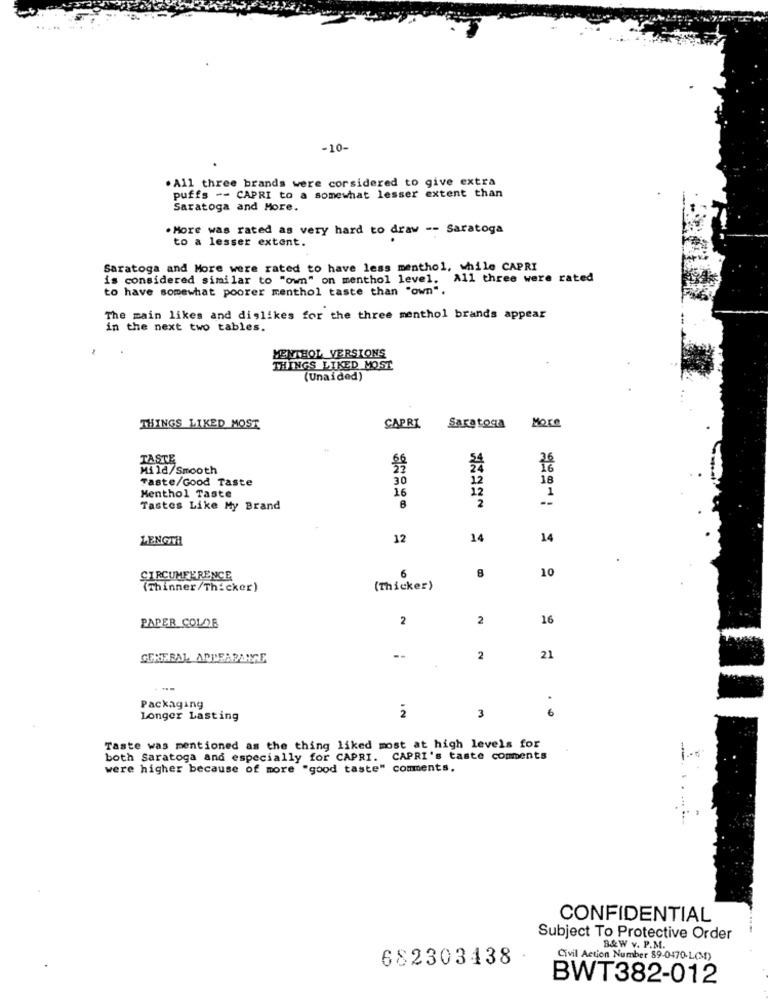
-10-
. All three brands were corsidered to give extra
puffs -- CAPRI to a somewhat lesser extent than
Saratoga and More.
. More was rated as very hard to draw -- Saratoga
to a lesser extent.
Saratoga and More were rated to have less menthol, while CAPRI
is considered similar to "own" on menthol level. All three were rated
to have somewhat poorer menthol taste than "own".
The main likes and dislikes for the three menthol brands appear
in the next two tables.
MENTHOL VERSIONS
THINGS LIKED MOST
(Unaided)
THINGS LIKED MOST
CAPRI
Saratoga
More
TASTE
Mild/Smooth
36
Taste/Good Taste
30
12
18
Menthol Taste
16
12
"2
1
Tastes Like My Brand
8
LENGTH
12
14
14
8
CIRCUMFERENCE
6
10
(Thinner/Thicker)
(Thicker)
PAPER COLOR
2
2
16
GENERAL APPEARANCE
--
2
21
---
Packaging
6
Longer Lasting
2
3
Taste was mentioned as the thing liked most at high levels for
both Saratoga and especially for CAPRI. CAPRI's taste comments
were higher because of more "good taste" comments.
CONFIDENTIAL
Subject To Protective Order
B& W v. P.M.
682303438
Civil Action Number 89-0470-L(M)
BWT382-012